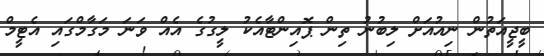
ބީޖީއަތުން ނިއުއަށް ލިބުނު ތިން ޕޮއިންޓާއެކު ލީގުގެ އެއް ވަނަ މަގާމްގައި އެޓީމް